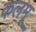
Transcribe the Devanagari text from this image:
कलमू